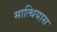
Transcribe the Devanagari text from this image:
मात्थियास